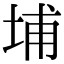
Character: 埔